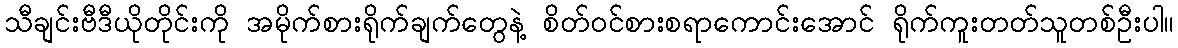
သီချင်းဗီဒီယိုတိုင်းကို အမိုက်စားရိုက်ချက်တွေနဲ့ စိတ်ဝင်စားစရာကောင်းအောင် ရိုက်ကူးတတ်သူတစ်ဦးပါ။